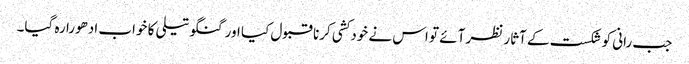
جب رانی کو شکست کے آثار نظر آئے تو اس نے خودکشی کرنا قبول کیا اور گنگو تیلی کا خواب ادھورا رہ گیا۔